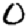
Digit: 0